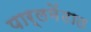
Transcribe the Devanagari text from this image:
पार्लमेंटात